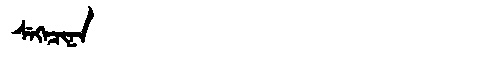
Manchu: ᠰᡝᡴᡝᠴᡳᠨᠠ
Romanization: SEKECINA